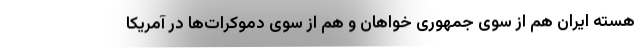
هسته ایران هم از سوی جمهوری خواهان و هم از سوی دموکرات‌ها در آمریکا